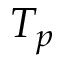
T _ { p }